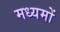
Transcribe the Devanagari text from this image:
मध्यमों